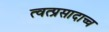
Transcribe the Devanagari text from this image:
त्वत्प्रसादाच्च